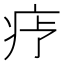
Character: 𬏝